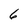
Character: 6